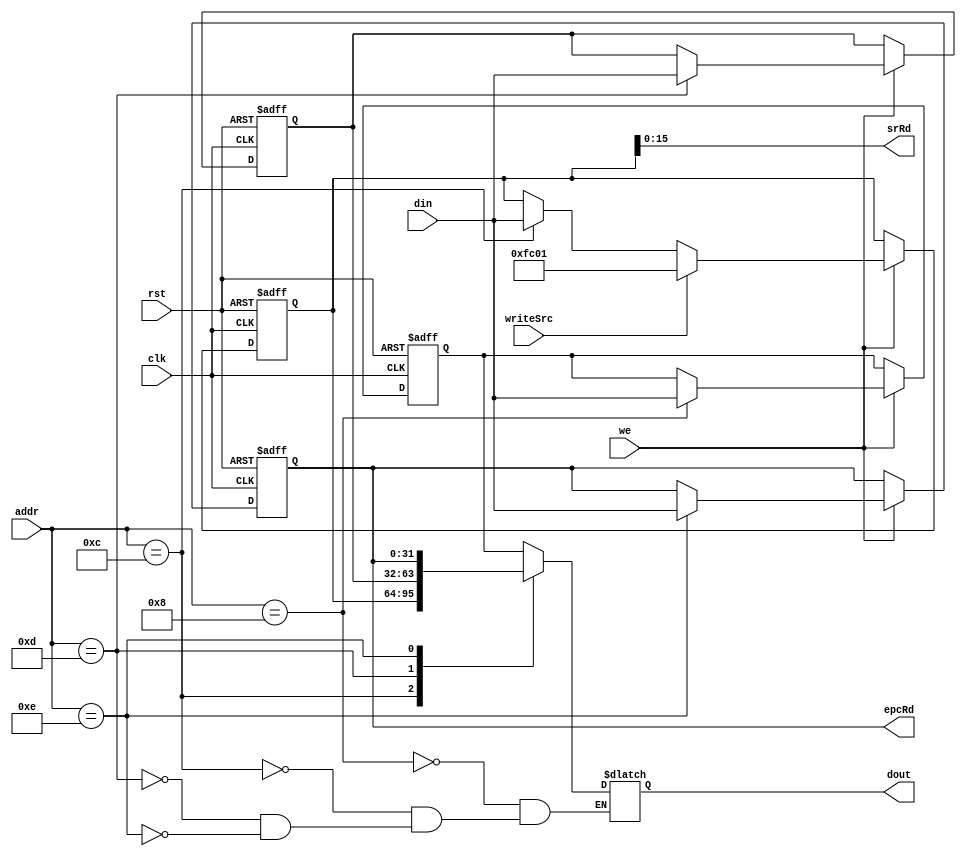
module CP0 (
    input[4:0] addr,input we,
    input writeSrc,input[31:0] din,
    input clk,input rst,
    output reg[31:0] dout,output[15:0] srRd,output[31:0] epcRd
);
    reg[31:0] sr;
    reg[31:0] cause;
    reg[31:0] epc;
    reg[31:0] prid;

    always @(posedge clk or posedge rst) begin
        if(rst) begin
            prid<=0;
            sr<={16'b0,6'b111111,8'b0,2'b11};
            cause<=0;
            epc<=0;
        end
        else if(we) begin
            case (addr)
                5'b01000:prid<=din; 
                5'b01100:sr<=din;
                5'b01101:cause<=din;
                5'b01110:epc<=din; 
            endcase
            if(writeSrc==1'b1) begin
                sr<=32'h0000fc01;
            end
        end
    end

    always @(*) begin
        case (addr)
            5'b01000:dout=prid; 
            5'b01100:dout=sr;
            5'b01101:dout=cause;
            5'b01110:dout=epc; 
        endcase
    end

    assign srRd=sr;
    assign epcRd=epc;
endmodule